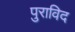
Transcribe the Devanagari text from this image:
पुराविद